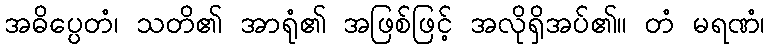
အဓိပ္ပေတံ၊ သတိ၏ အာရုံ၏ အဖြစ်ဖြင့် အလိုရှိအပ်၏။ တံ မရဏံ၊